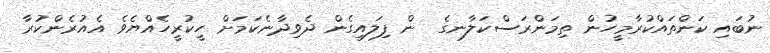
ނުބައި ކަންތައްކުރާމީހުން ތިމަންރަސްކަލާނގެ  ން ފިލައިގެން ދެވިދާނެކަމަށް ހީކުރީހެއްޔެވެ އެއުރެންކުރާ